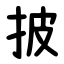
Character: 披